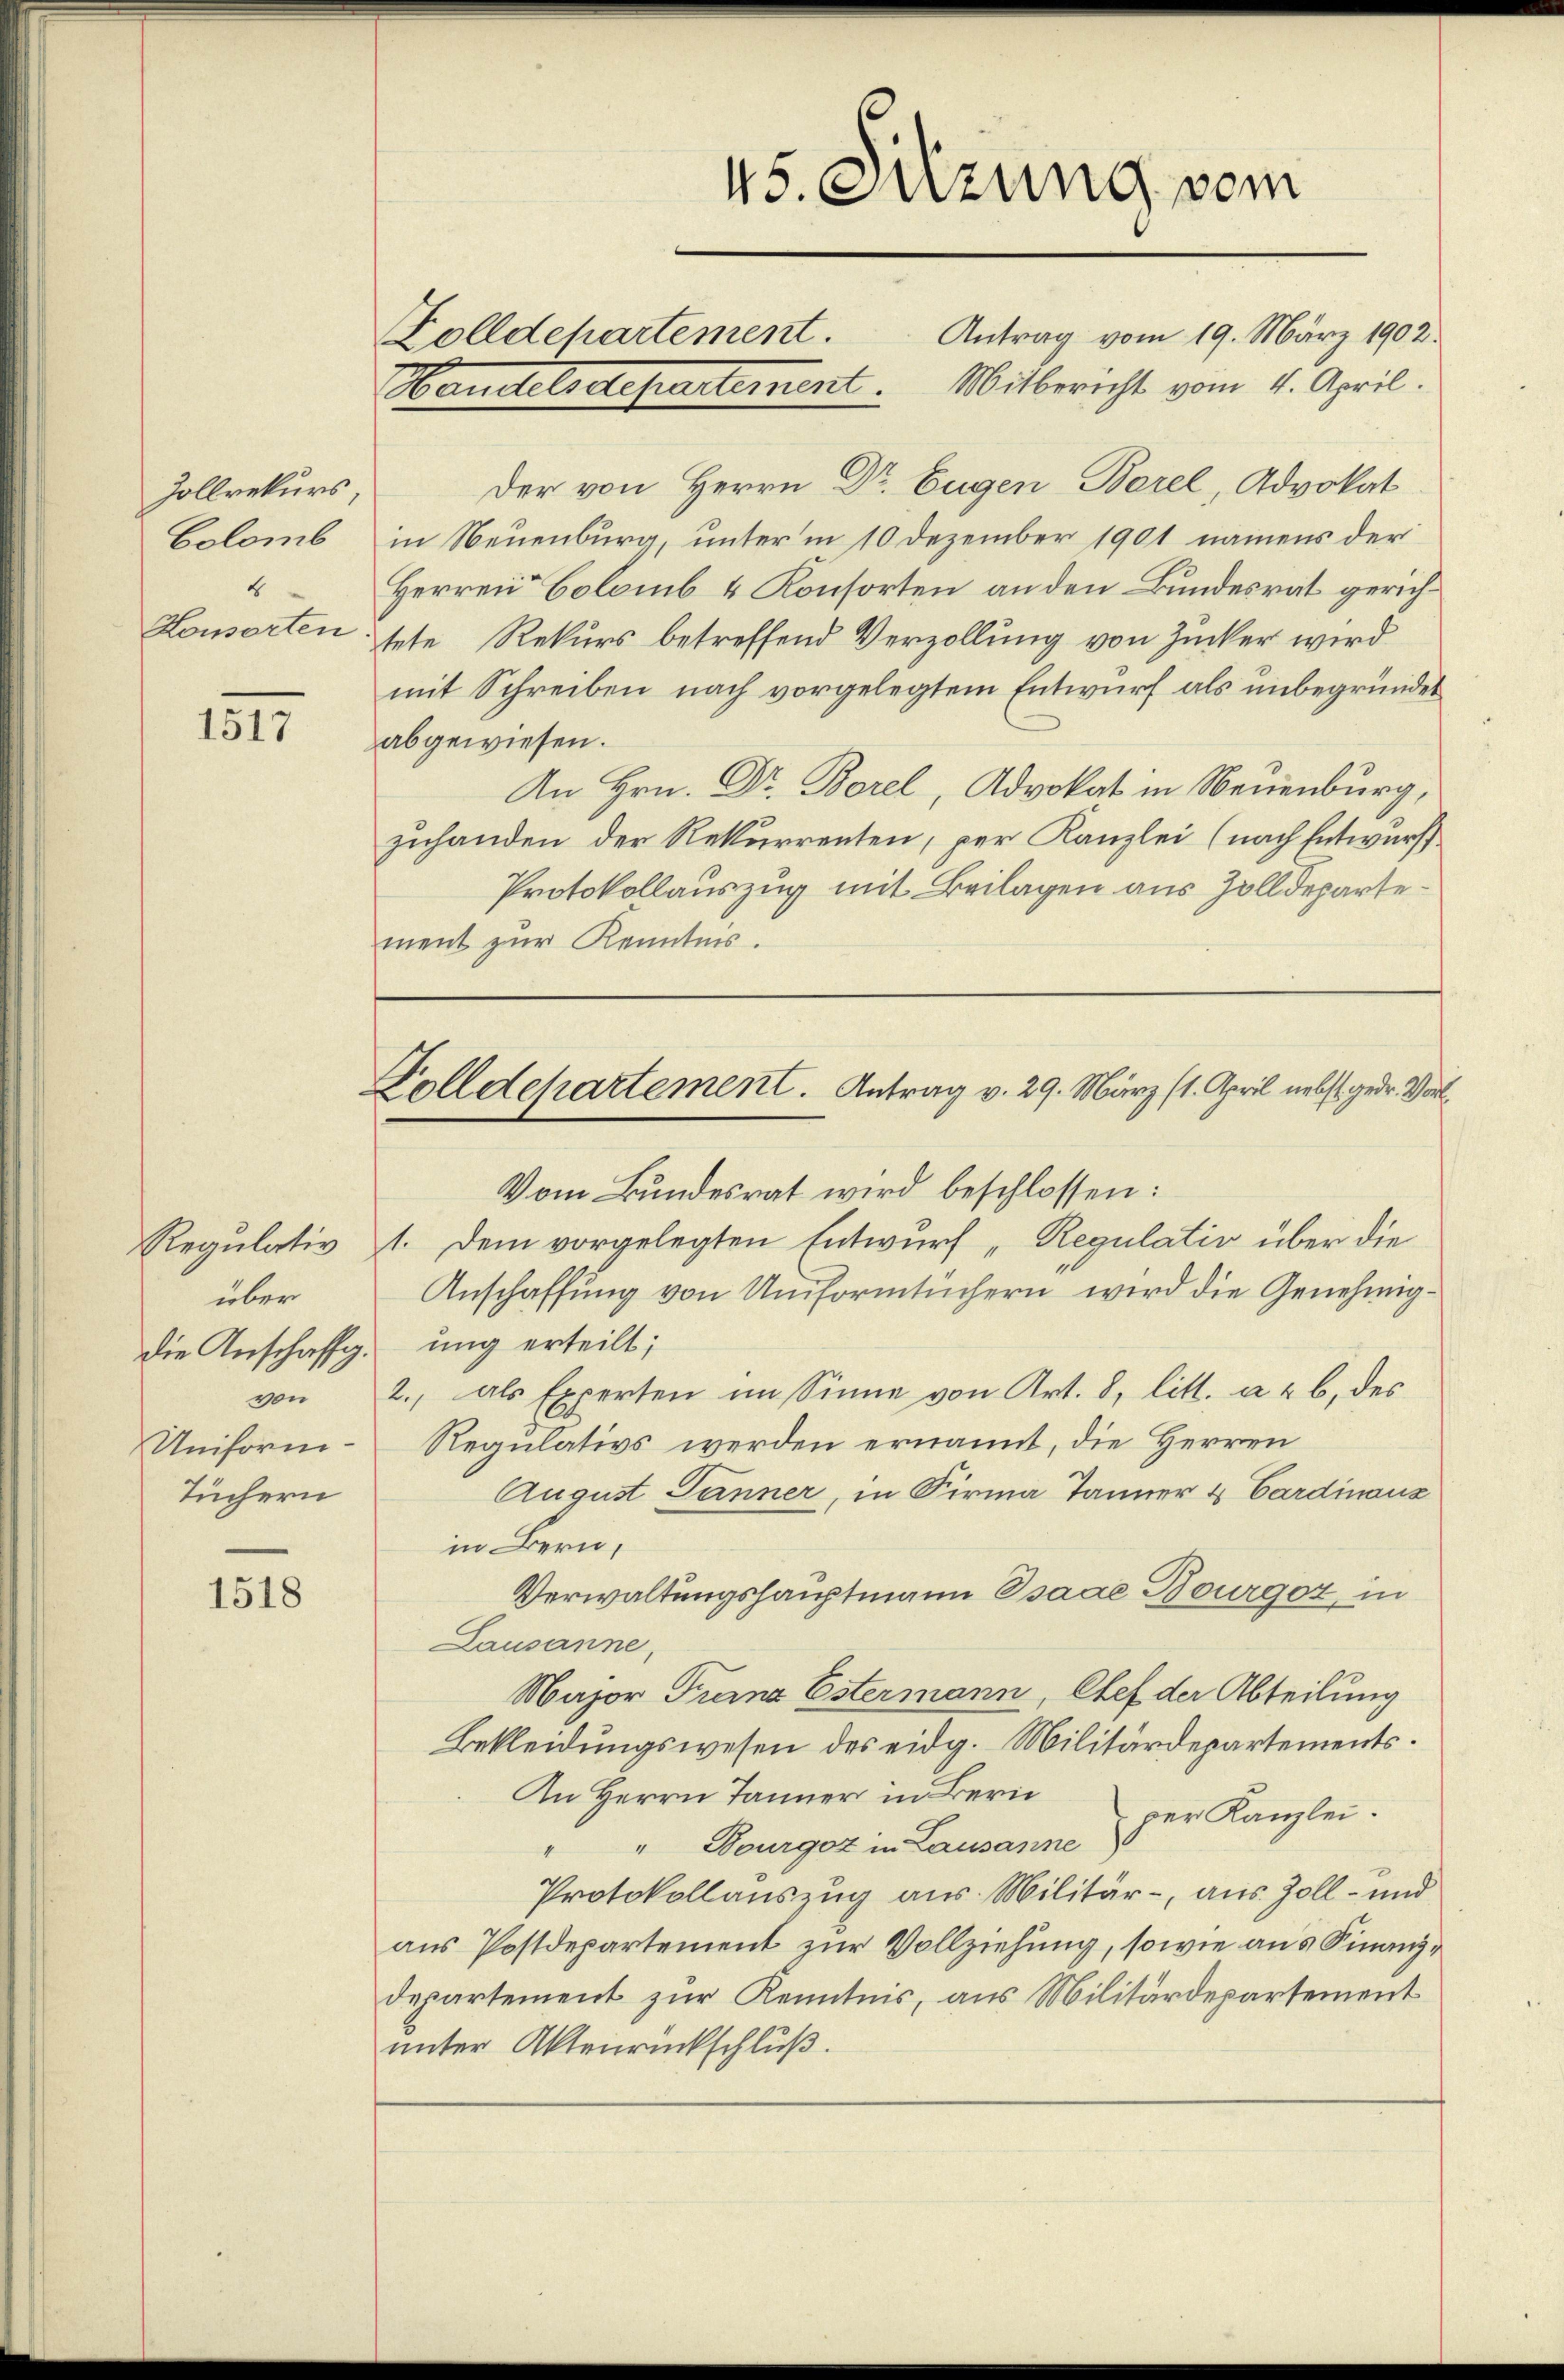
Zollrekurs
Colomb
4
Konsorten

1517

Regulativ
über
die Anschaffg.
Uniform-
Tüchern

1518

Der von Herrn Dr. Eugen Borel, Advokat
in Neuenburg, unter in 10 Dezember 1901 namens der
Herren Colomb & Konsorten an den Bundesrat gerichtete Rekurs betreffend Verzollung von Zucker wird
mit Schreiben nach vorgelegtem Entwurf als unbegründet
abgewiesen.
An Hrn. Dr. Borel, Advokat in Neuenburg,
zuhanden der Rekurrenten, per Kanzlei (nach Entwurff
Protokollauszug mit Beilagen aus Zolldepartement zur Kenntnis.

45. Sitzung vom
Folldepartement. Antrag vom 19. März 1902.
Handelsdepartement. Mitbericht vom 4. April.

Folldepartement. Antrag v. 29. März (1. April nebst gedr. Vor¬

Vom Bundesrat wird beschlossen:
1. Dem vorgelegten Entwurf „Regulativ über die
Anschaffung von Uniformtüchern wird die Genehmigung erteilt;
von 2., als Experten im Sinne von Art. 8, litt. a & b. des
Regulativs werden ernannt, die Herren
August Jänner, in Firma Jänner & Cardinanz
in Bern,
Verwaltungshauptmann Osaae Bourgoz, in
Lausanne,
Major Franz Estermann, Chef der Abteilung
Bekleidungswesen des eidg. Militärdepartements.
An Herrn Jänner in Bern
" Bourger in Lausanne der Kanzlei.
Protokollauszug aus. Militär-, aus Zoll- und
aus Postdepartement zur Vollziehung, sowie aus Finanzdepartement zur Kenntnis, aus Militärdepartement
unter Aktenrückschluß.